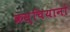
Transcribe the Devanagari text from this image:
क्रस्चियानो